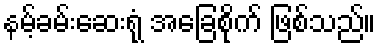
နမ့်ခမ်းဆေးရုံ အခြေစိုက် ဖြစ်သည်။